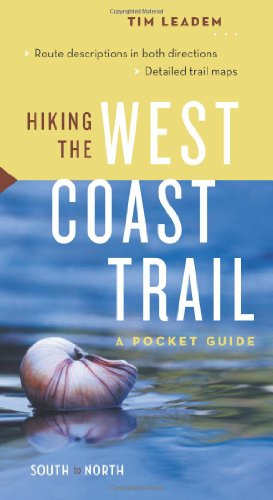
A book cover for Hiking the West Coast Trail: A Pocket Guide; Tim Leadem; Travel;